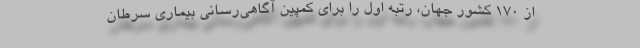
از 170 کشور جهان، رتبه اول را برای کمپین آگاهی‌رسانی بیماری سرطان